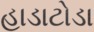
હાડાટોડા